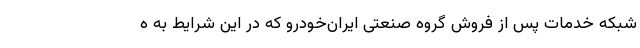
شبکه خدمات پس از فروش گروه صنعتی ایران‌خودرو که در این شرایط به ه